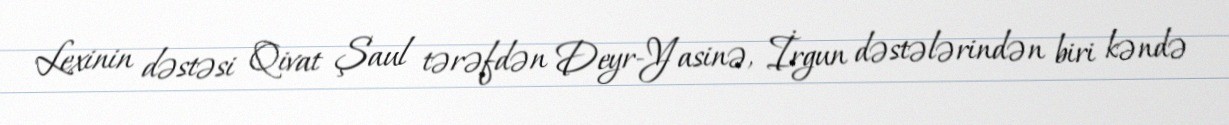
Lexinin dəstəsi Qivat Şaul tərəfdən Deyr-Yasinə, İrgun dəstələrindən biri kəndə